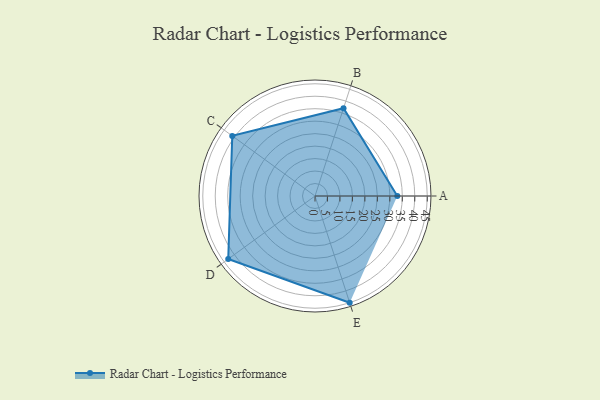
{"axis": {"x": "Skill", "y": "Score"}, "legend": ["Profile"], "data": [{"x": "A", "y": 33.0, "type": "Profile"}, {"x": "B", "y": 37.0, "type": "Profile"}, {"x": "C", "y": 41.0, "type": "Profile"}, {"x": "D", "y": 43.0, "type": "Profile"}, {"x": "E", "y": 45.0, "type": "Profile"}]}